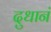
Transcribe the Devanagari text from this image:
दुधानं